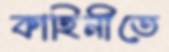
কাহিনীতে